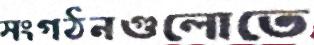
সংগঠনগুলোতে